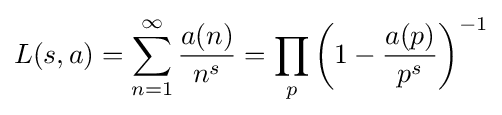
L(s,a)=\sum _{n=1}^{\infty }{\frac {a(n)}{n^{s}}}=\prod _{p}{\biggl (}1-{\frac {a(p)}{p^{s}}}{\biggr )}^{-1}